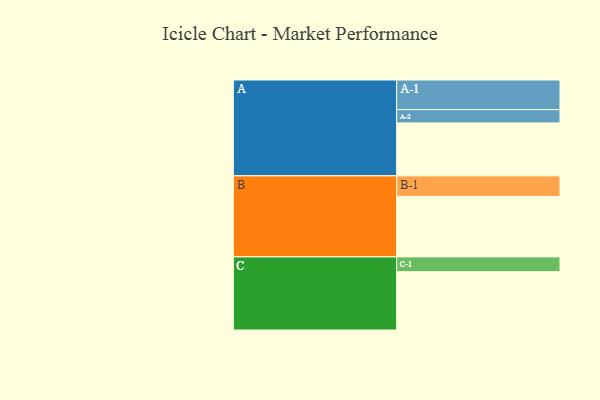
{"axis": {"x": "Segment", "y": "Value"}, "legend": ["", "A", "B", "C"], "data": [{"x": "A", "y": 515, "type": ""}, {"x": "B", "y": 588, "type": ""}, {"x": "C", "y": 567, "type": ""}, {"x": "A-1", "y": 288, "type": "A"}, {"x": "A-2", "y": 129, "type": "A"}, {"x": "B-1", "y": 200, "type": "B"}, {"x": "C-1", "y": 144, "type": "C"}]}